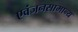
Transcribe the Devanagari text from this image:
एवंजनसामान्य